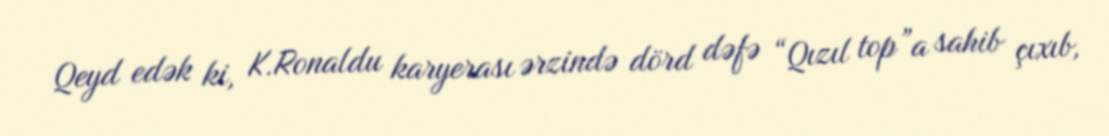
Qeyd edək ki, K.Ronaldu karyerası ərzində dörd dəfə “Qızıl top”a sahib çıxıb,